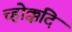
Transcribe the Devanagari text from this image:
च्होक्कदि